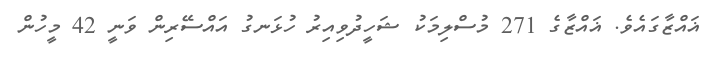
ޣައްޒާގައެވެ. ޣައްޒާގެ 271 މުސްލިމަކު ޝަހީދުވިއިރު ހުޅަނގު އައްސޭރިން ވަނީ 42 މީހުން